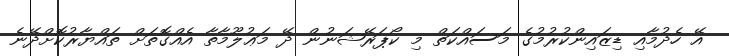
އޭ ހެދުމާއި ޑިޒައިންކުރުމުގެ މަސައްކަތް މި ކޯޕަރޭޝަނުން ދޭ މަޢުލޫމާތާ އެއްގޮތަށް ތައްޔާރުކޮށްދޭނެ